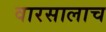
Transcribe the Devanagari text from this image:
वारसालाच